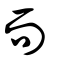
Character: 而